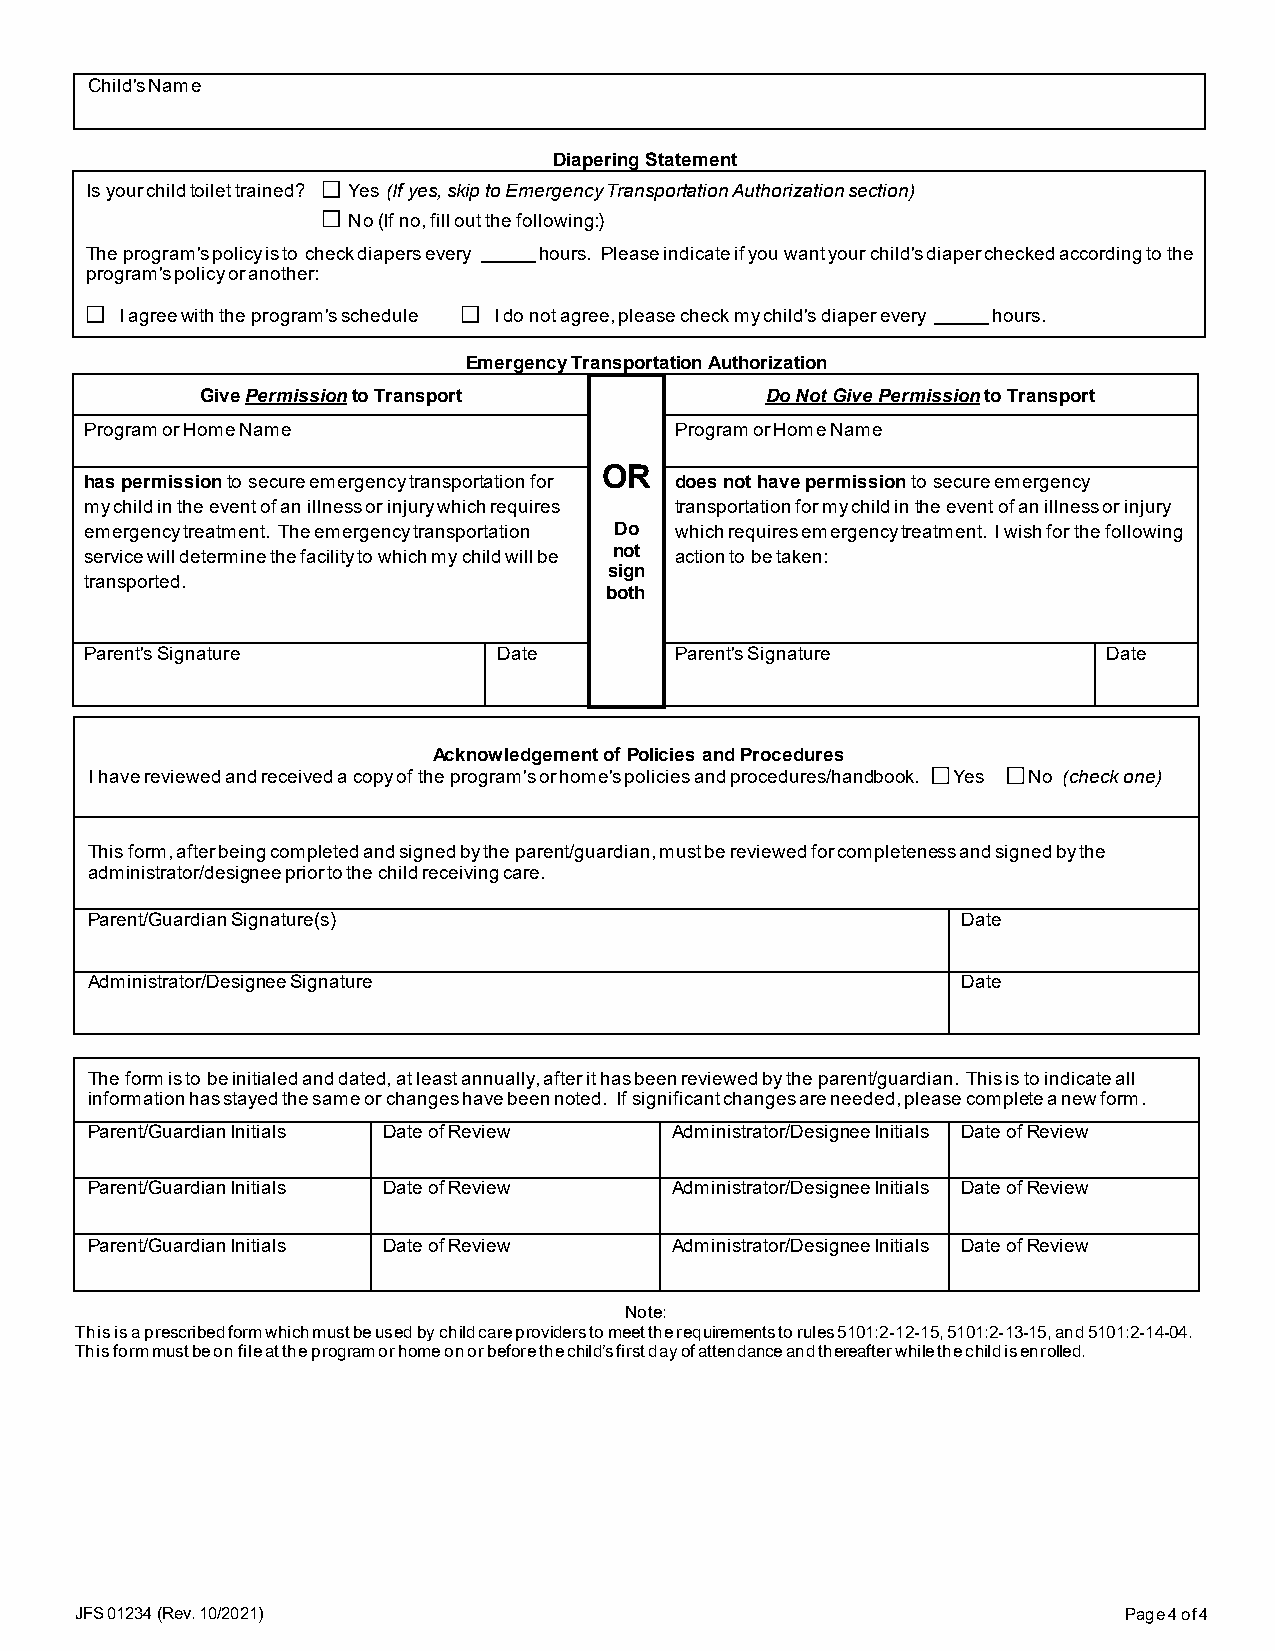
Child's Name
 Diapering Statement
 Is your child toilet trained? Yes (If yes, skip to Emergency Transportation Authorization section)
 No (If no, fill out the following:)
 The program's policy is to check diapers every hours. Please indicate if you want your child's diaper checked according to the
 program's policy or another:
 I agree with the program's schedule I do not agree, please check my child's diaper every hours.
 Emergency Transportation Authorization
 Give Permission to Transport          Do Not Give Permission to Transport
 Program or Home Name                   Program or Home Name
 OR
 has permission to secure emergency transportation for does not have permission to secure emergency
 my child in the event of an illness or injury which requires transportation for my child in the event of an illness or injury
 emergency treatment. The emergency transportation Do which requires emergency treatment. I wish for the following
 service will determine the facility to which my child will be not action to be taken:
 sign
 transported.
 both
 Parent's Signature         Date        Parent's Signature          Date
 Acknowledgement of Policies and Procedures
 I have reviewed and received a copy of the program's or home's policies and procedures/handbook. Yes No (check one)
 This form, after being completed and signed by the parent/guardian, must be reviewed for completeness and signed by the
 administrator/designee prior to the child receiving care.
 Parent/Guardian Signature(s)                              Date
 Administrator/Designee Signature                          Date
 The form is to be initialed and dated, at least annually, after it has been reviewed by the parent/guardian. This is to indicate all
 information has stayed the same or changes have been noted. If significant changes are needed, please complete a new form.
 Parent/Guardian Initials Date of Review Administrator/Designee Initials Date of Review
 Parent/Guardian Initials Date of Review Administrator/Designee Initials Date of Review
 Parent/Guardian Initials Date of Review Administrator/Designee Initials Date of Review
 Note:
 This is a prescribed form which must be used by child care providers to meet the requirements to rules 5101:2-12-15, 5101:2-13-15, and 5101:2-14-04.
 This form must be on file at the program or home on or before the child’s first day of attendance and thereafter while the child is enrolled.
 JFS 01234 (Rev. 10/2021)                                             Page 4 of 4